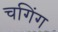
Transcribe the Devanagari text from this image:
चगिंग